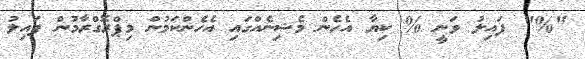
"%" ފައިލު ވަނީ % ކިޔާ އެހެން މެޝިނެއްގައި އެހެންކަމުން މިޕްރޮގްރާމުން ފައިލު